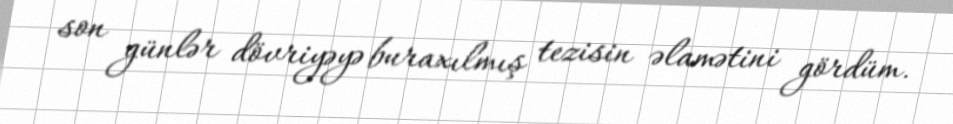
son günlər dövriyəyə buraxılmış tezisin əlamətini gördüm.